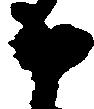
申